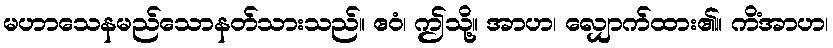
မဟာသေနမည်သောနတ်သားသည်။ ဧဝံ၊ ဤသို့။ အာဟ၊ လျှောက်ထား၏။ ကိံအာဟ၊